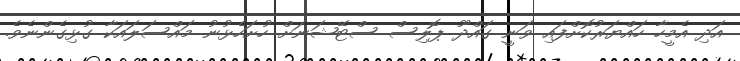
އަދި އެމީހާ ހައްޔަރުކޮށްފައި ވަނީ ގައްދޫ ޕޮލިސް ސްޓޭޝަނަށް ހުށަހެޅުނު މައްސަލައަކާ ގުޅިގެންނެވެ.